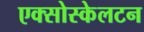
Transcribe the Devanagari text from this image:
एक्सोस्केलटन